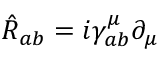
\hat { R } _ { a b } = i \gamma _ { a b } ^ { \mu } \partial _ { \mu }